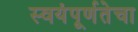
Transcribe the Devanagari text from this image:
स्वयंपूर्णतेचा